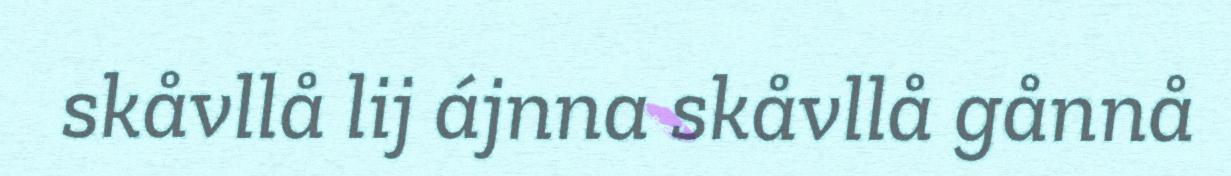
skåvllå lij ájnna skåvllå gånnå